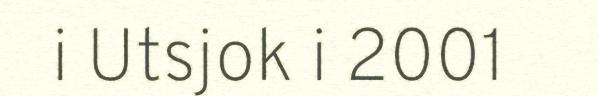
i Utsjok i 2001